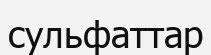
сульфаттар